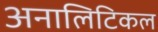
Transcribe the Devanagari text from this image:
अनालिटिकल